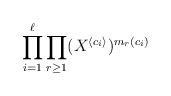
LaTeX: \begin{align*} \prod\limits_{i=1}^\ell \prod\limits_{r\geq 1} (X^{\langle c_i \rangle})^{m_r(c_i)} \end{align*}